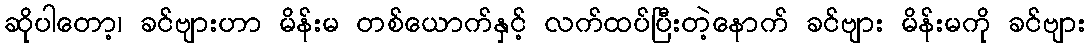
ဆိုပါတော့၊ ခင်ဗျားဟာ မိန်းမ တစ်ယောက်နှင့် လက်ထပ်ပြီးတဲ့နောက် ခင်ဗျား မိန်းမကို ခင်ဗျား